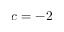
c = - 2